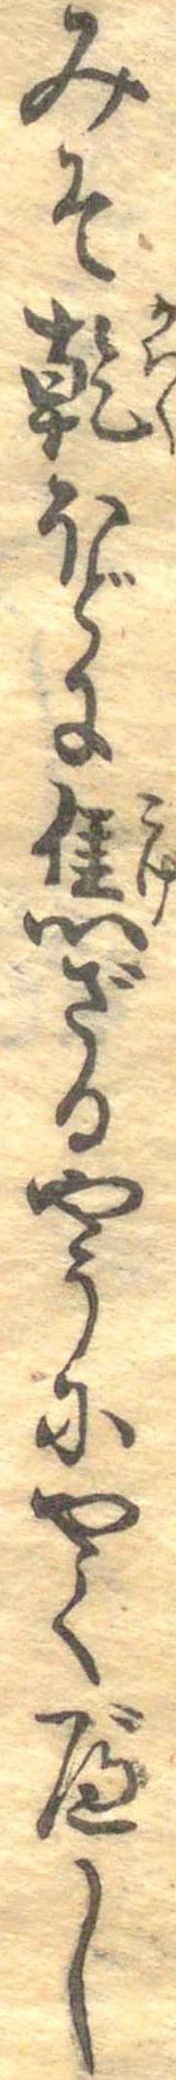
みそ乾ほどに焦ざるやうにやくべし